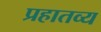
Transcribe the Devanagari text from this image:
प्रहातव्य